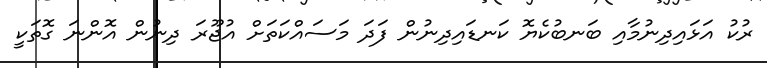
ރުކު އަޅައިދިނުމާއި ބަނބުކެޔޮ ކަނޑައިދިނުން ފަދަ މަސައްކަތަށް އުޖޫރަ ދިނުން އޮންނަ ގޮތަކީ